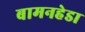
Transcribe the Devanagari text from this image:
बामनहेडा